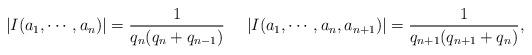
LaTeX: \begin{align*}|I(a_1, \cdots, a_n)| = \frac{1}{q_n(q_n+q_{n-1})}\ \ \ \ |I(a_1, \cdots, a_n, a_{n+1})| = \frac{1}{q_{n+1}(q_{n+1}+q_n)},\end{align*}